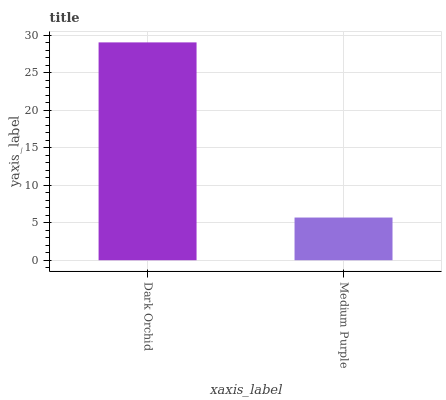
| xaxis_label | bars |
 | --- | --- |
 | Dark Orchid | 29.1 |
 | Medium Purple | 5.7 |